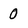
Character: 0